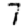
Digit: 7